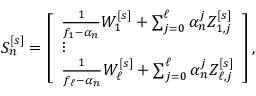
\begin{array} { r } { S _ { n } ^ { [ s ] } = \left[ \begin{array} { l } { \frac { 1 } { f _ { 1 } - \alpha _ { n } } W _ { 1 } ^ { [ s ] } + \sum _ { j = 0 } ^ { \ell } \alpha _ { n } ^ { j } Z _ { 1 , j } ^ { [ s ] } } \\ { \vdots } \\ { \frac { 1 } { f _ { \ell } - \alpha _ { n } } W _ { \ell } ^ { [ s ] } + \sum _ { j = 0 } ^ { \ell } \alpha _ { n } ^ { j } Z _ { \ell , j } ^ { [ s ] } } \end{array} \right] , } \end{array}